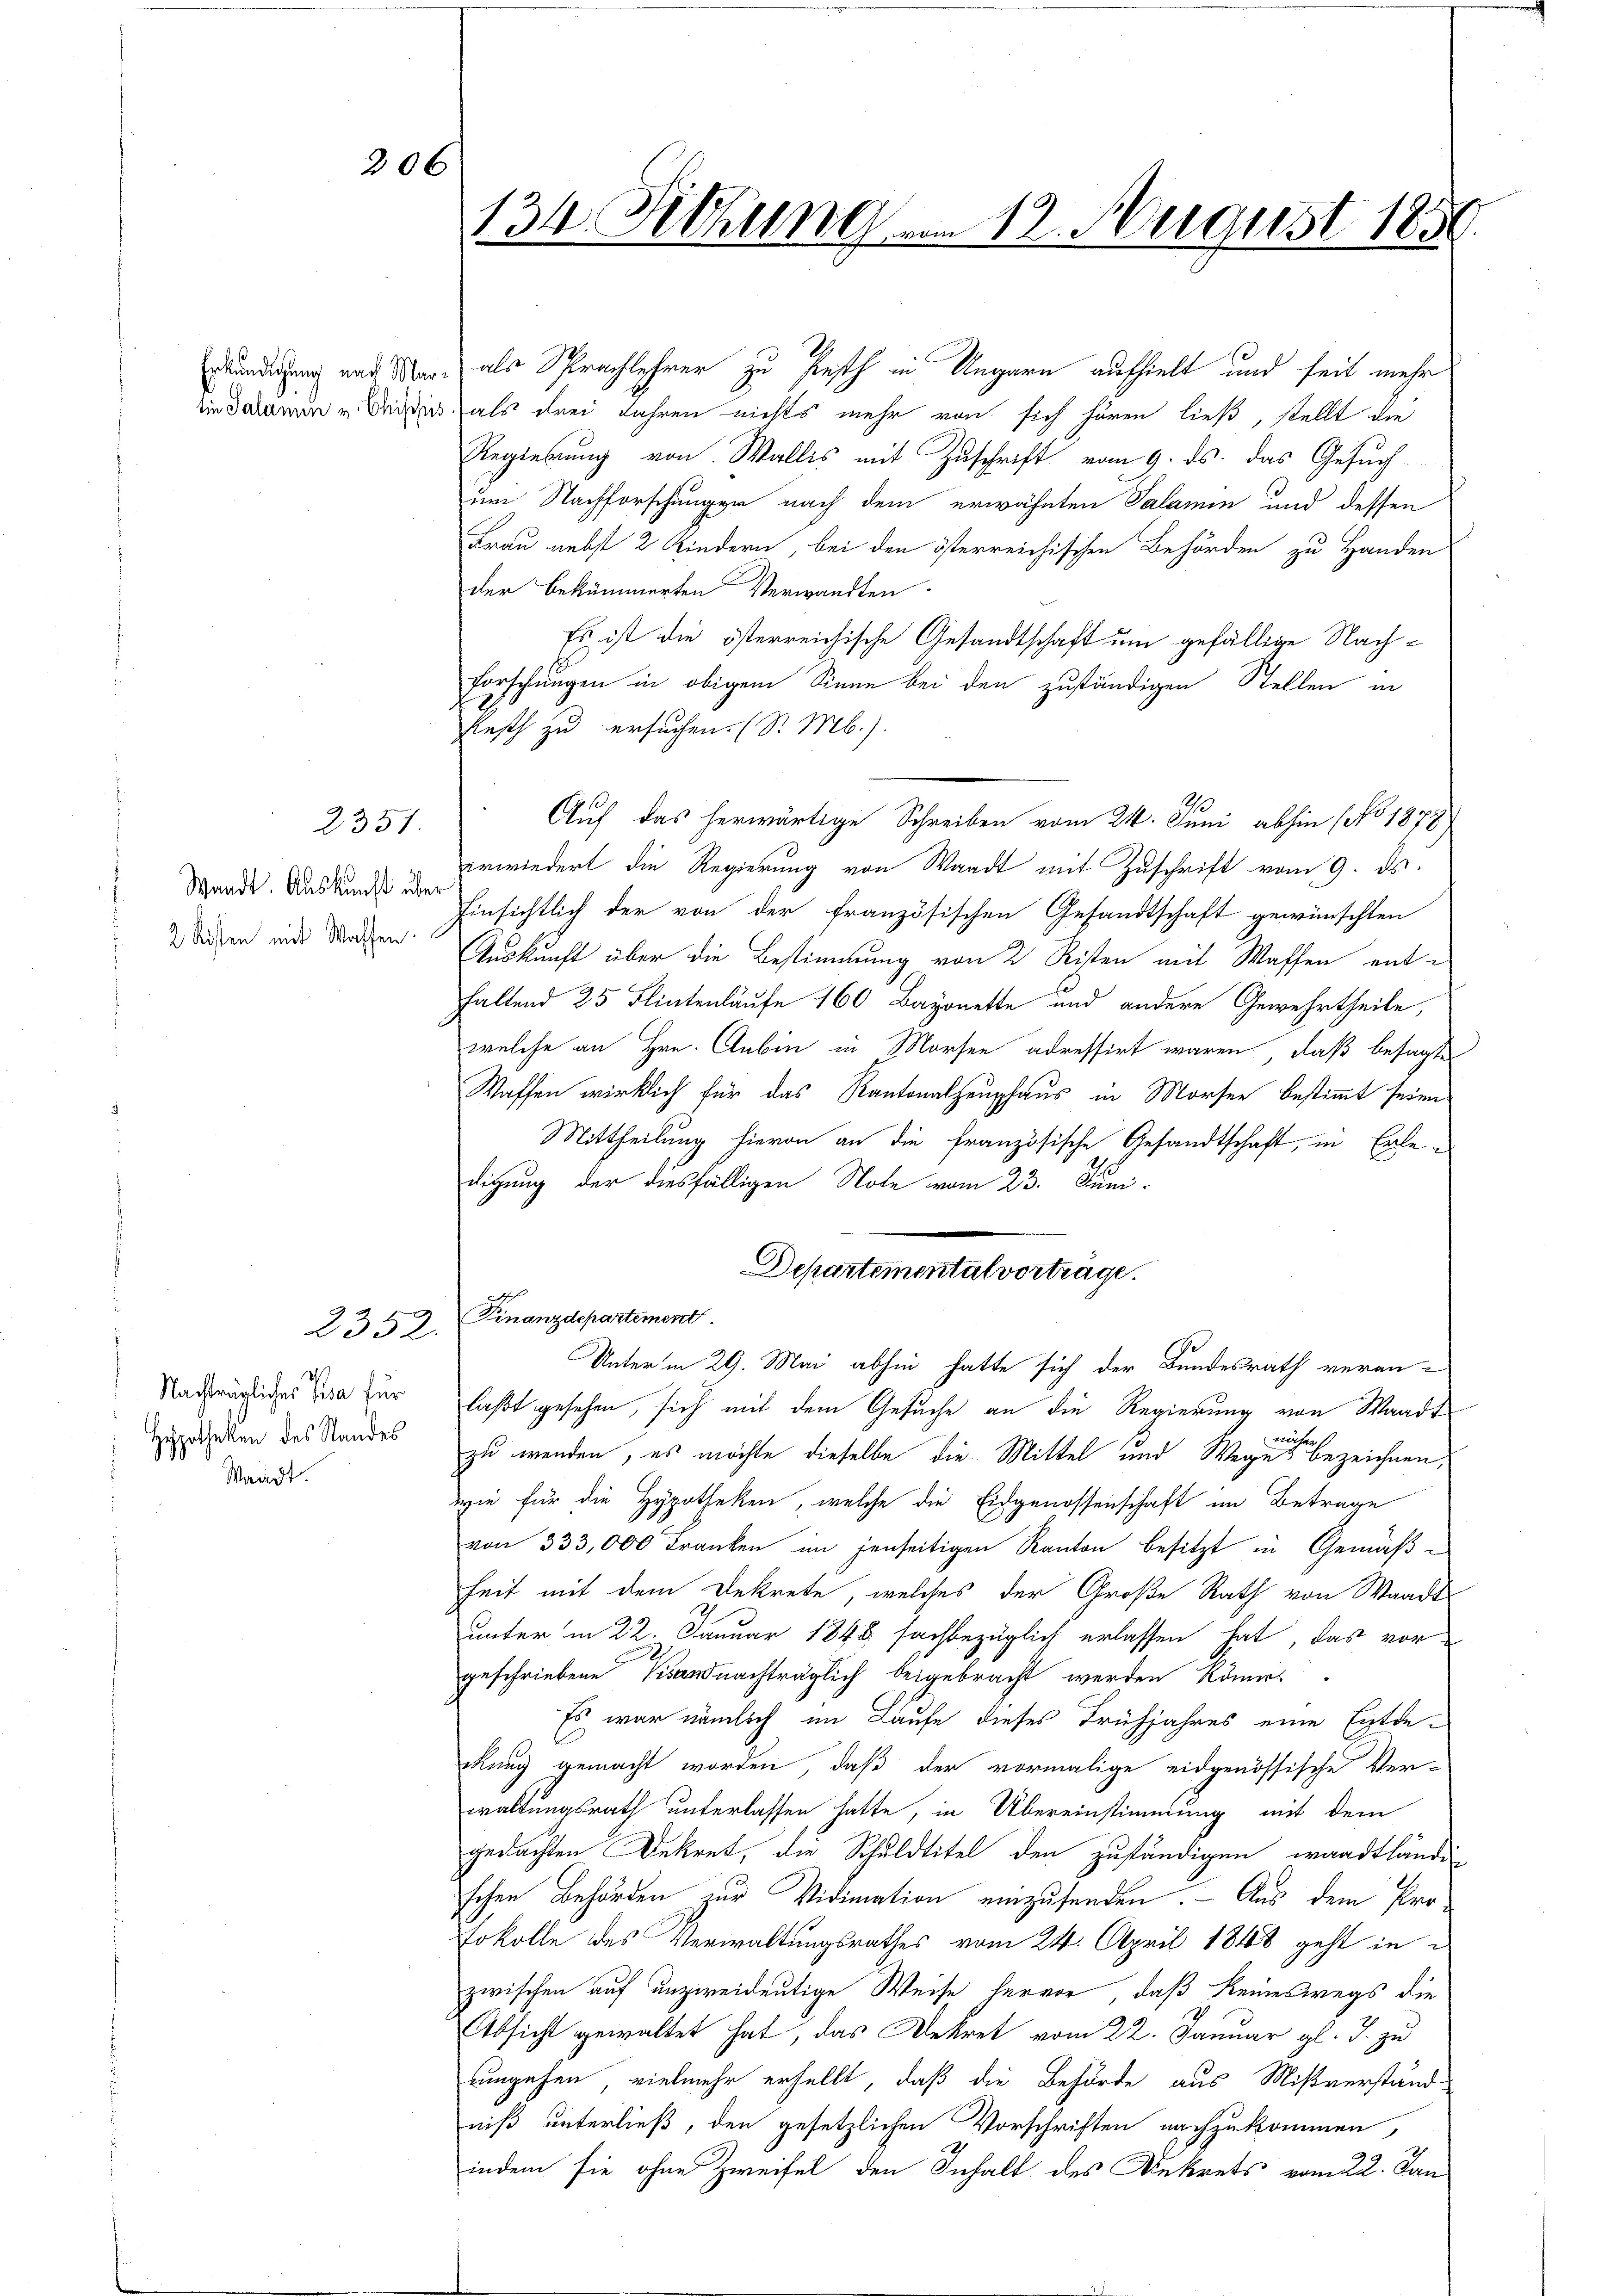
Waadt. Auskunft über
2 Kisten mit Waffen.

2351.

Nachträglicher Pisa für
Hypotheken des Standes
Waadt.

2352.

206

134. Sitzung am 12. August 1859.

ündigung nach Mar. als Sprachlehrer zu festh in Ungarn aufhielt und seit mehr
ein daran u Baden, als drei Jahren nichts mehr von sich hören ließ, stellt die
Regierung von Wallis mit Zuschrift vom 9. ds. das Gesuch
um Nachforschungen nach dem erwähnten Salamin und dessen
Frau nebst 2 Kindern, bei den österreichischen Behörden zu Handen
der bekümmerten Verwandten.
Es ist die österreichische Gesandtschaft um gefällige Nach¬
Forschungen in obigem Sinne bei den zuständigen Stellen in
Festh zu ersuchen. (S. M.).
Auf das herwärtige Schreiben vom 24. Juni abhin (No 1878
erwiedert die Regierung von Waadt mit Zuschrift vom 9. ds.
Einsichtlich der von der französischen Gesandtschaft gewünschten
Auskunft über die Bestimmung von 2 Risten mit Waffen entfaltend 25 Flinterläufe 160 Bajonette und andere Gewehrtheile,
welche an Hrn. Anbin in Morfen adressirt waren, daß besagte
Waffen wirklich für das Kantonalheuphaus in Morsee bestimmt seien.
Mittheilung hievon an die französische Gesandtschaft, in Erledigung der diesfälligen Note vom 23. Juni.
Departemental vorträge.

Finanzdepartement
Unter in 29. Mai abhin hatte sich der Bundesrath veranlaßt gesehen, sich mit dem Gesuche an die Regierung von Waadt
näher.
zu wenden, es möchte dieselbe die Mittel und Weges bezeichnen,
wie für die Hypotheken, welche die Eidgenossenschaft im Betrage
von 333,000 Franken im jenseitigen Kanton besitzt in Gemäßheit mit dem Dekrete, welches der Große Rath von Waadt
unter in 22. Januar 1848 sachbezüglich erlassen hat, das vor-
geschriebene Vigand nachträglich beigebracht werden könne.
Es war nämlich im Laufe dieses Frühjahres eine Entde
ckung gemacht worden, daß der vormalige eidgenössische Ver-
waltungsrath unterlassen hatte, in Übereinstimmung mit dem
gedachten Dekret, die Schuldtitel den zuständigen waadtländig
schen Behörden zur Vidimation einzusenden. Aus dem Pro¬
Fokolle des Verwaltungsrathes vom 24. April 1848 geht in
zwischen auf unzweideutige Weise hervor, daß keineswegs die
Absicht gewaltet hat, das Dekret vom 22. Januar gl. J. zu
uungehen, vielmehr erhellt, daß die Behörde aus Mißverständ-
niß unterließ, den gesetzlichen Vorschriften nachzukommen
A
indem sie ohne Zweifel den Inhalt des Dekrets vom 22. Jan